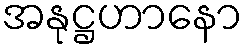
အနုဋ္ဌဟာနော